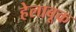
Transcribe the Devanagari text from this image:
हेलाबूक